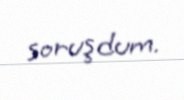
soruşdum.